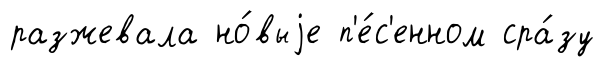
разжевала но́выjе п'е́с'енном сра́зу